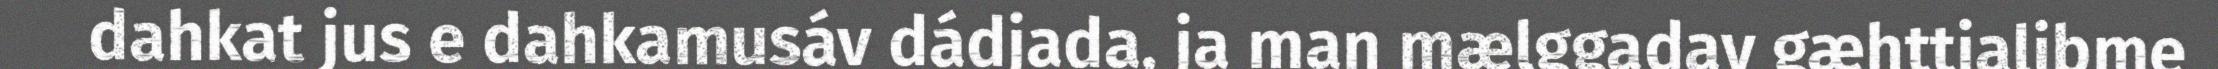
dahkat jus e dahkamusáv dádjada, ja man mælggadav gæhttjalibme